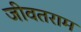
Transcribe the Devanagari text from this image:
जीवतराम